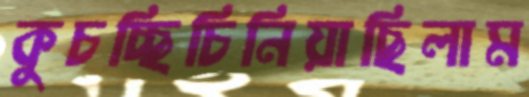
কুচচ্ছিচিনিয়াছিলাম